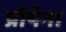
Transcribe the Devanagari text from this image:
प्रोपेन।